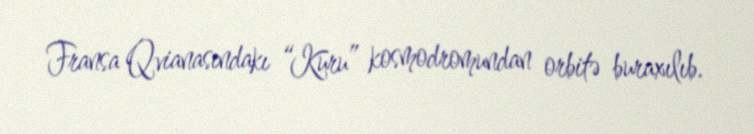
Fransa Qvianasındakı “Kuru” kosmodromundan orbitə buraxılıb.